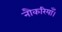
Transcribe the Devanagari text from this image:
नौकरियाँ।